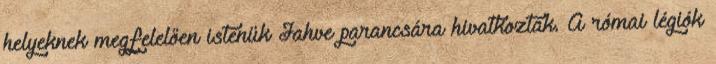
helyeknek megfelelően istenük Jahve parancsára hivatkoztak. A római légiók